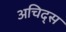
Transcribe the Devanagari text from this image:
अचिद्स